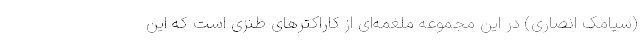
(سیامک انصاری) در این مجموعه ملغمه‌ای از کاراکترهای طنزی است که این